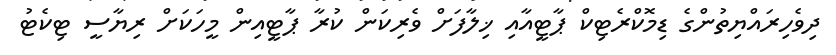
ދިވެހިރައްޔިތުންގެ ޑިމޮކްރެޓިކް ޕާޓީއާއި ޚިލާފަށް ވެރިކަން ކުރާ ޕާޓީއިން މީހަކަށް ރިޔާސީ ޓިކެޓު